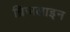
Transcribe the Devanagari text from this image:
ब्रिजलाइन